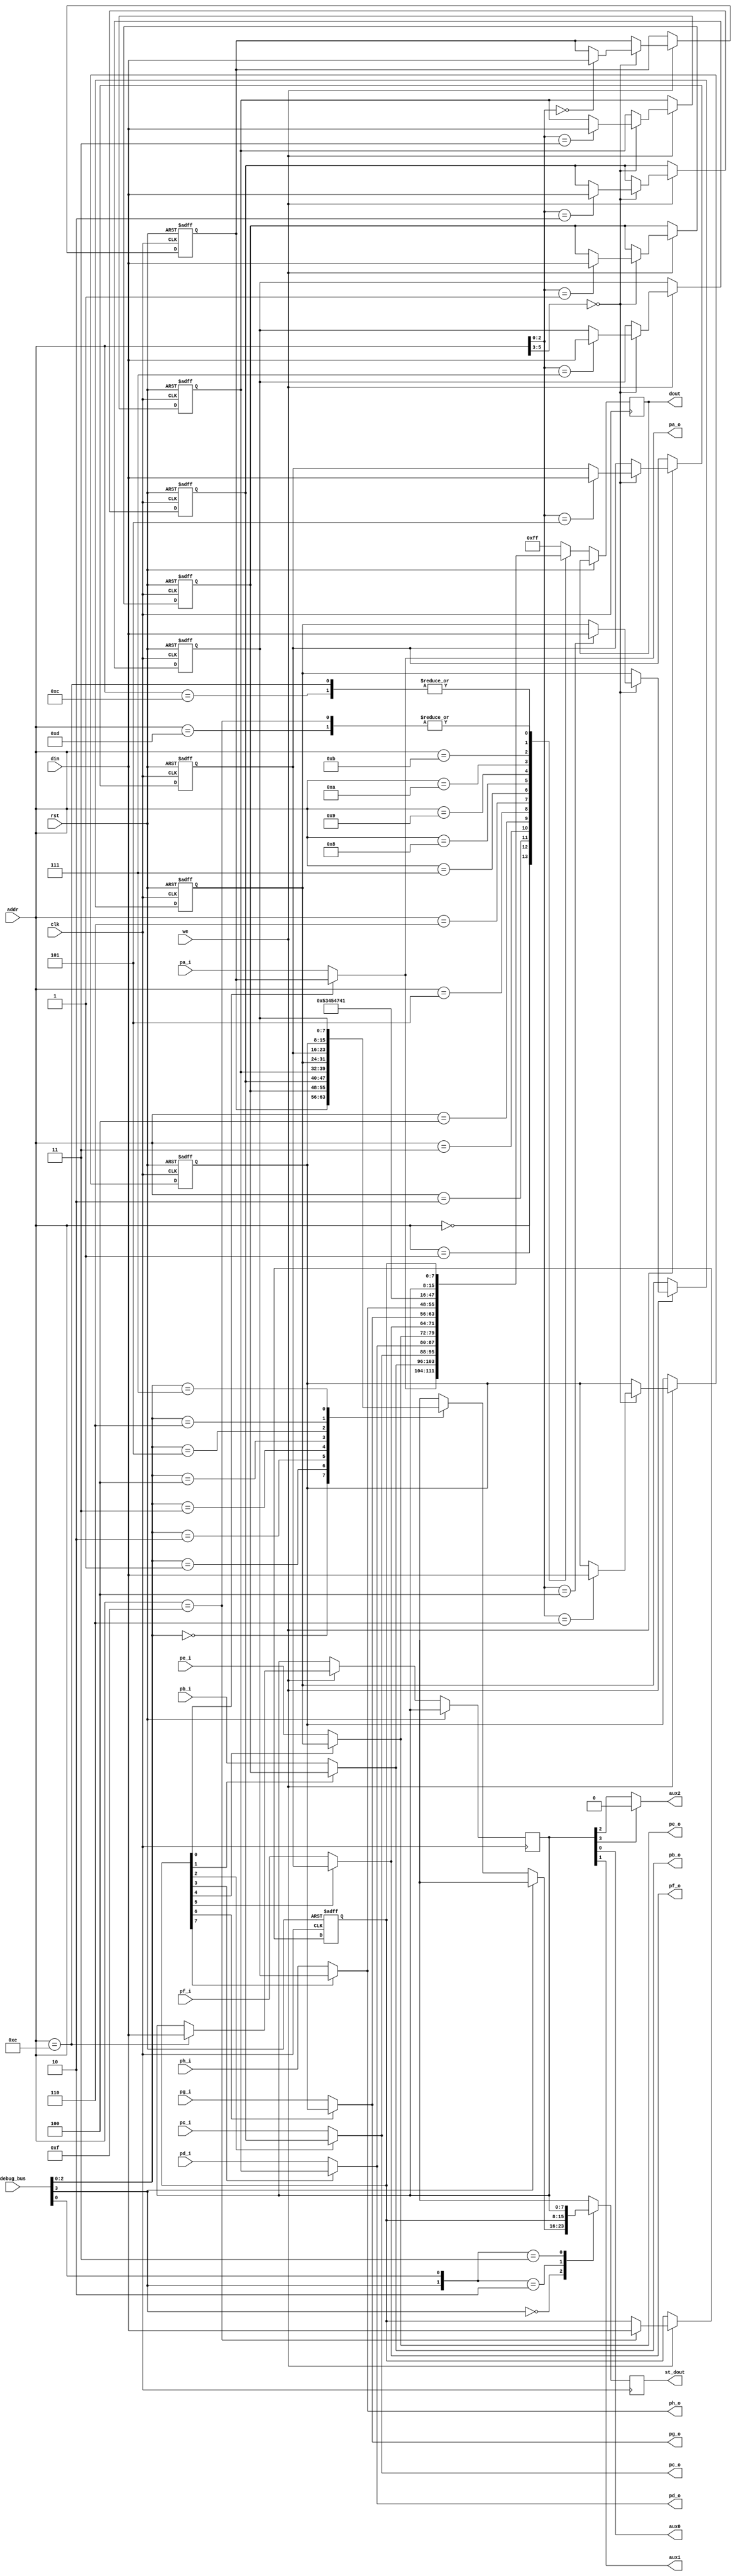
/*  This file is part of JTCORES.
    JTCORES program is free software: you can redistribute it and/or modify
    it under the terms of the GNU General Public License as published by
    the Free Software Foundation, either version 3 of the License, or
    (at your option) any later version.

    JTCORES program is distributed in the hope that it will be useful,
    but WITHOUT ANY WARRANTY; without even the implied warranty of
    MERCHANTABILITY or FITNESS FOR A PARTICULAR PURPOSE.  See the
    GNU General Public License for more details.

    You should have received a copy of the GNU General Public License
    along with JTCORES.  If not, see <http://www.gnu.org/licenses/>.

    Author: Jose Tejada Gomez. Twitter: @topapate
    Version: 1.0
    Date: 30-4-2024 */

// 315-5296 IO controller
// Based on MAME's implementation and PCB schematics

module jts18_io(
    input             rst,
    input             clk,
    input       [5:0] addr,
    input       [7:0] din,
    output reg  [7:0] dout,
    input             we,
    // eight 8-bit ports
    input       [7:0] pa_i, pb_i, pc_i, pd_i,
                      pe_i, pf_i, pg_i, ph_i,
    output      [7:0] pa_o, pb_o, pc_o, pd_o,
                      pe_o, pf_o, pg_o, ph_o,
    // three output pins
    output            aux0,
    output            aux1,
    output            aux2,
    input       [7:0] debug_bus,
    output reg  [7:0] st_dout
);

reg [7:0] pout[0:7];
reg [7:0] dir;
reg [7:0] cnt;

assign pa_o = dir[0] ? pout[0] : pa_i;
assign pb_o = dir[1] ? pout[1] : pb_i;
assign pc_o = dir[2] ? pout[2] : pc_i;
assign pd_o = dir[3] ? pout[3] : pd_i;
assign pe_o = dir[4] ? pout[4] : pe_i;
assign pf_o = dir[5] ? pout[5] : pf_i;
assign pg_o = dir[6] ? pout[6] : pg_i;
assign ph_o = dir[7] ? pout[7] : ph_i;

assign aux0 = cnt[0];
assign aux1 = cnt[1];
assign aux2 = cnt[3] ? 1'b0 : cnt[2]; // should output a clock when cnt[3] is high
    // d4,5: CNT2 clock divider (0= CLK/4, 1= CLK/8, 2= CLK/16, 3= CLK/2)
    // d6,7: CKOT clock divider (0= CLK/4, 1= CLK/8, 2= CLK/16, 3= CLK/2)
    // TODO..

always @(posedge clk) begin
    casez(debug_bus[3:0])
        4'b0???: st_dout <= pout[debug_bus[2:0]];
        4'b1??0: st_dout <= dir;
        4'b1??1: st_dout <= cnt;
    endcase
end

always @(posedge clk, posedge rst) begin
    if( rst ) begin
        pout[0] <= 0; pout[1] <= 0; pout[2] <= 0; pout[3] <= 0;
        pout[4] <= 0; pout[5] <= 0; pout[6] <= 0; pout[7] <= 0;
        dir     <= 0; // ports set as input
    end else begin
        case(addr)
            0: dout <= pa_o;
            1: dout <= pb_o;
            2: dout <= pc_o;
            3: dout <= pd_o;
            4: dout <= pe_o;
            5: dout <= pf_o;
            6: dout <= pg_o;
            7: dout <= ph_o;
            8: dout <= "S";
            9: dout <= "E";
           10: dout <= "G";
           11: dout <= "A";
           6'hc,6'he: dout <= cnt;
           6'hd,6'hf: dout <= dir;
           default: dout <= 8'hff;
        endcase
        if( we ) casez(addr)
            6'b00_0???: pout[addr[2:0]] <= din;
            6'h0e: cnt <= din;
            6'h0f: dir <= din;
            default:;
        endcase
    end
end

endmodule